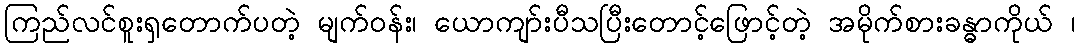
ကြည်လင်စူးရှတောက်ပတဲ့ မျက်ဝန်း၊ ယောကျာ်းပီသပြီးတောင့်ဖြောင့်တဲ့ အမိုက်စားခန္ဓာကိုယ် ၊